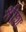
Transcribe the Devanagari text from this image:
श्रीशः